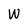
Character: W